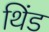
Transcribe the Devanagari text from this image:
थिंड